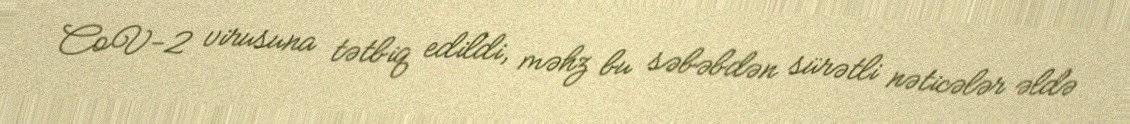
CoV-2 virusuna tətbiq edildi, məhz bu səbəbdən sürətli nəticələr əldə